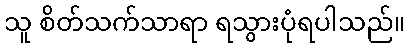
သူ စိတ်သက်သာရာ ရသွားပုံရပါသည်။